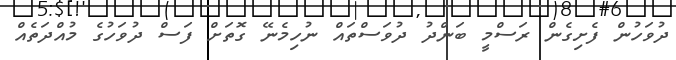
ދުވަހުން ފެށިގެން ރަސްމީ ބަންދު ދުވަސްތައް ނުހިމެނޭ ގޮތަށް ފަސް ދުވަހުގެ މުއްދަތެއް